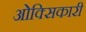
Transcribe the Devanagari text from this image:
ओक्सिकारी